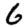
Digit: 6